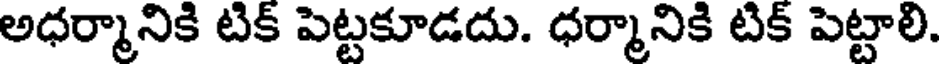
అధర్మానికి టిక్ పెట్టకూడదు. ధర్మానికి టిక్ పెట్టాలి.